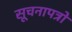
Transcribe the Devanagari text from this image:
सूचनापत्रों